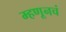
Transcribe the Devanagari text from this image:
म्हणूनचं